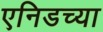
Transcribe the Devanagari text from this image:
एनिडच्या